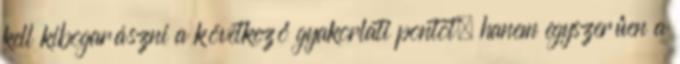
kell kibogarászni a következő gyakorlati pontot, hanem egyszerűen a